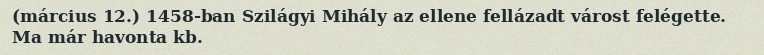
(március 12.) 1458-ban Szilágyi Mihály az ellene fellázadt várost felégette. Ma már havonta kb.